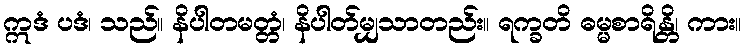
ဣဒံ ပဒံ၊ သည်။ နိပါတမတ္တံ၊ နိပါတ်မျှသာတည်း။ ရက္ခတိ ဓမ္မစာရိန္တိ၊ ကား။